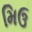
મિઉ